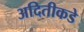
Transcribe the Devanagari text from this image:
अदितीकडे